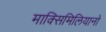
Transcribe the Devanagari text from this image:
माक्सिमिलियानो